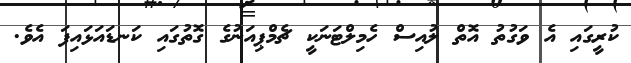
ކުރީގައި އެ ވަގުތު އޮތް ލުއިސް ހެމިލްޓަނަކީ ޗެމްޕިއަނުގެ ގޮތުގައި ކަނޑައަޅައިފަ އެވެ.